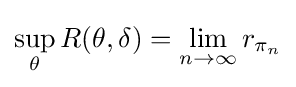
\sup _{\theta }R(\theta ,\delta )=\lim _{n\rightarrow \infty }r_{\pi _{n}}\,\!